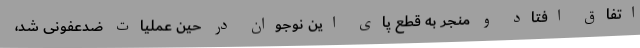
اتفاق افتاد و منجر به قطع پای این نوجوان در حین عملیات ضدعفونی شد،